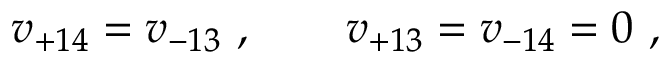
v _ { + 1 4 } = v _ { - 1 3 } \ , \qquad v _ { + 1 3 } = v _ { - 1 4 } = 0 \ ,